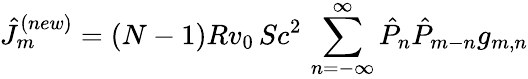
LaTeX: \hat{J}_{m}^{(new)}=(N-1)Rv_{0}\, Sc^{2}\, \sum_{n=-\infty}^{\infty}\hat{P}_{n}\hat{P}_{m-n}g_{m,n}